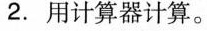
2.用计算器计算。